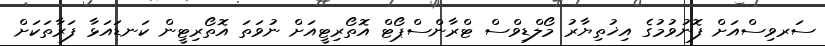
ސަރވިސްއަށް ފޮނުވުމުގެ އިޚުތިޔާރު މޯލްޑިވްސް ޓްރާންސްޕޯޓް އޮތޯރިޓީއަށް ނުވަތަ އޮތޯރިޓީން ކަނޑައަޅާ ފަރާތަކަށް